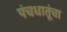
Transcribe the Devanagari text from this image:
पंचधातूंचा